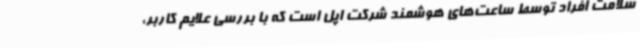
سلامت افراد توسط ساعت‌های هوشمند شرکت اپل است که با بررسی علایم کاربر،